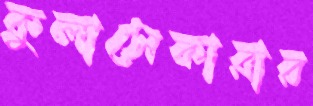
কুলাসেকারার